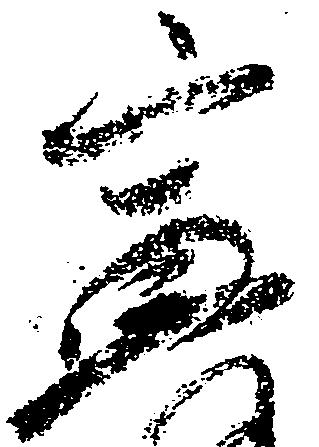
宣